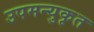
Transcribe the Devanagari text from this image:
उपमन्युकृत